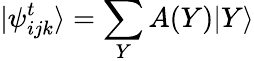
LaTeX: |\psi_{ijk}^{t}\rangle=\sum_{Y}A(Y)|Y\rangle